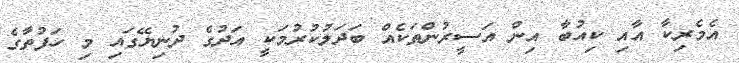
އެމެރިކާ އާއި ކިއުބާ އިން އަސީރުންތަކެއް ބަދަލުކުރުމަކީ އަދުގެ ދުނިޔޭގައި މި ހަފުތާގެ